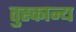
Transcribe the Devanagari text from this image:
तुस्कान्य